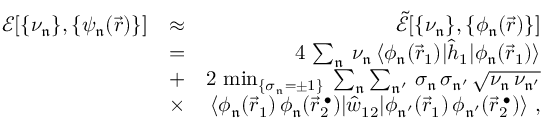
\begin{array} { r l r } { \mathcal { E } [ \{ \nu _ { \mathfrak { n } } \} , \{ \psi _ { \mathfrak { n } } ( \vec { r } ) \} ] } & { \approx } & { \mathcal { \tilde { E } } [ \{ \nu _ { \mathfrak { n } } \} , \{ \phi _ { \mathfrak { n } } ( \vec { r } ) \} ] } \\ & { = } & { 4 \, \sum _ { \mathfrak { n } } \, \nu _ { \mathfrak { n } } \, \langle \phi _ { \mathfrak { n } } ( \vec { r } _ { 1 } ) | \hat { h } _ { 1 } | \phi _ { \mathfrak { n } } ( \vec { r } _ { 1 } ) \rangle } \\ & { + } & { 2 \, \operatorname* { m i n } _ { \{ \sigma _ { \mathfrak { n } } = \pm 1 \} } \; \sum _ { \mathfrak { n } } \sum _ { \mathfrak { n ^ { \prime } } } \, \sigma _ { \mathfrak { n } } \, \sigma _ { \mathfrak { n ^ { \prime } } } \, \sqrt { \nu _ { \mathfrak { n } } \, \nu _ { \mathfrak { n ^ { \prime } } } } } \\ & { \times } & { \langle \phi _ { \mathfrak { n } } ( \vec { r } _ { 1 } ) \, \phi _ { \mathfrak { n } } ( \vec { r } _ { 2 } ^ { \; \bullet } ) | \hat { w } _ { 1 2 } | \phi _ { \mathfrak { n ^ { \prime } } } ( \vec { r } _ { 1 } ) \, \phi _ { \mathfrak { n ^ { \prime } } } ( \vec { r } _ { 2 } ^ { \; \bullet } ) \rangle \ , } \end{array}